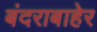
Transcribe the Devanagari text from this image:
बंदराबाहेर